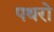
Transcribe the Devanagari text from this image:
पथरो